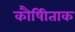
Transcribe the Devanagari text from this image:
कौषीिताक